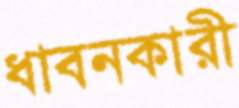
ধাবনকারী